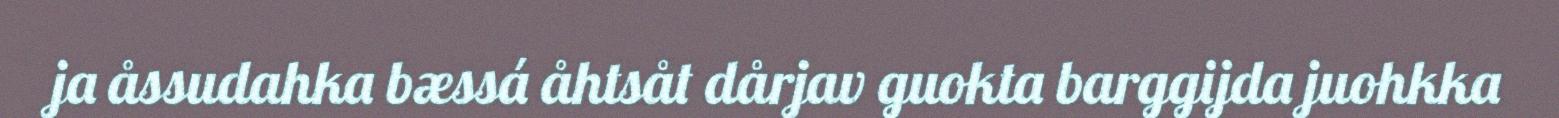
ja åssudahka bæssá åhtsåt dårjav guokta barggijda juohkka